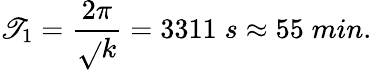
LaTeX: \mathscr{T}_{1}={\frac{{2\pi}}{{\sqrt{}{{k}}}}}=3311\; s\approx55\; min.